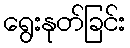
ရွေးနုတ်ခြင်း